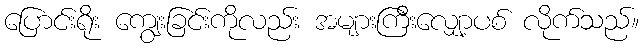
ပြောင်းရိုး ကျွေးခြင်းကိုလည်း အများကြီးလျှော့ပစ် လိုက်သည်။